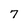
Character: 7